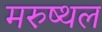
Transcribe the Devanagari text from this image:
मरुष्थल